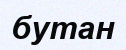
бутан